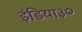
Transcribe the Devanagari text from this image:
इंडिया३०